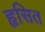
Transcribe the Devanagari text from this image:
हृसित